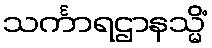
သင်္ကာရဌာနသ္မိံ